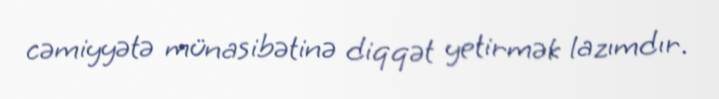
cəmiyyətə münasibətinə diqqət yetirmək lazımdır.